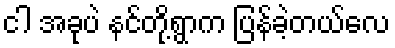
ငါ အခုပဲ နင်တို့ရွာက ပြန်ခဲ့တယ်လေ